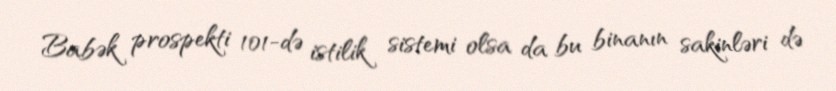
Babək prospekti 101-də istilik sistemi olsa da bu binanın sakinləri də